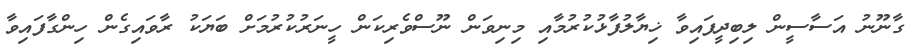
ގާނޫނު އަސާސީން ލިބިދީފައިވާ ޚިޔާލުފާޅުކުރުމާއި މިނިވަން ނޫސްވެރިކަން ހީނަރުކުރުމަށް ބަޔަކު ރާވައިގެން ހިންގާފައިވާ